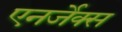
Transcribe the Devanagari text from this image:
एनर्जेक्स